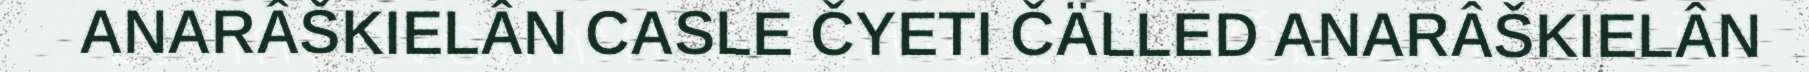
ANARÂŠKIELÂN CASLE ČYETI ČÄLLED ANARÂŠKIELÂN